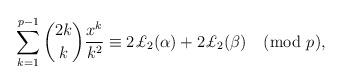
LaTeX: \begin{align*}\sum_{k=1}^{p-1}\binom{2k}{k}\frac{x^k}{k^2}\equiv2\pounds_2(\alpha)+2\pounds_2(\beta)\pmod{p},\end{align*}